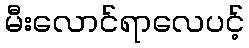
မီးလောင်ရာလေပင့်